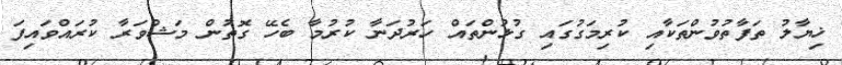
ޚިޔާލު ތަފާތުވުންތަކާއި ކުރިމަގުގައި ގުޅުންތައް ހަރުދަނާ ކުރުމާ ބެހޭ ގޮތުން މަޝްވަރާ ކުރައްވައިފަ